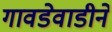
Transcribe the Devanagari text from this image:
गावडेवाडीने